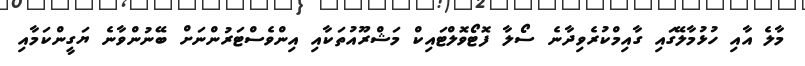
މާލެ އާއި ހުޅުމާލޭގައި ގާއިމްކުރެވިދާނެ ސޯލާ ފޮޓޯވޮލްޓައިކް މަޝްރޫއުތަކާއި އިންވެސްޓަރުންނަށް ބޭނުންވާނެ ޔަގީންކަމާއި